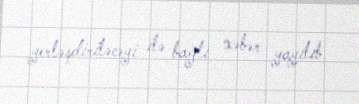
yerləşdiriləcəyi ilə bağlı xəbər yayılıb.